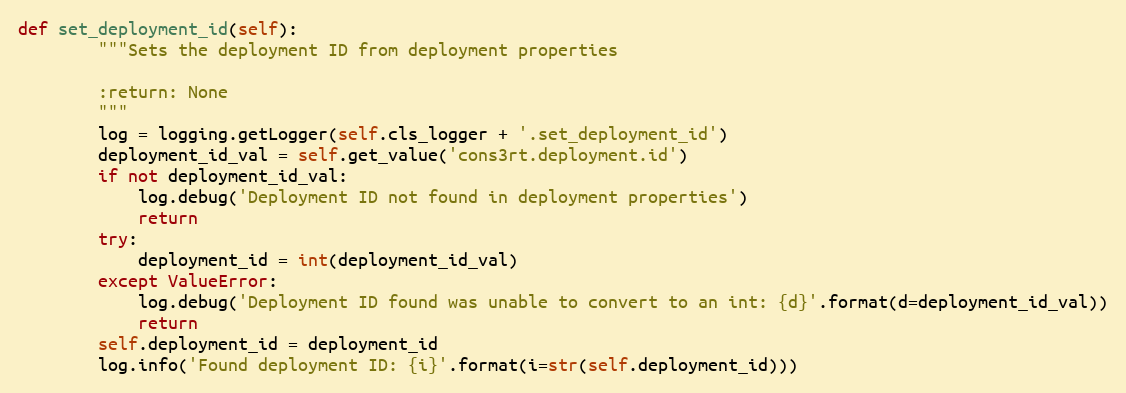
Language: Python
def set_deployment_id(self):
        """Sets the deployment ID from deployment properties

        :return: None
        """
        log = logging.getLogger(self.cls_logger + '.set_deployment_id')
        deployment_id_val = self.get_value('cons3rt.deployment.id')
        if not deployment_id_val:
            log.debug('Deployment ID not found in deployment properties')
            return
        try:
            deployment_id = int(deployment_id_val)
        except ValueError:
            log.debug('Deployment ID found was unable to convert to an int: {d}'.format(d=deployment_id_val))
            return
        self.deployment_id = deployment_id
        log.info('Found deployment ID: {i}'.format(i=str(self.deployment_id)))